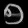
Digit: ၅